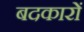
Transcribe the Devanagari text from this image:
बदकारों